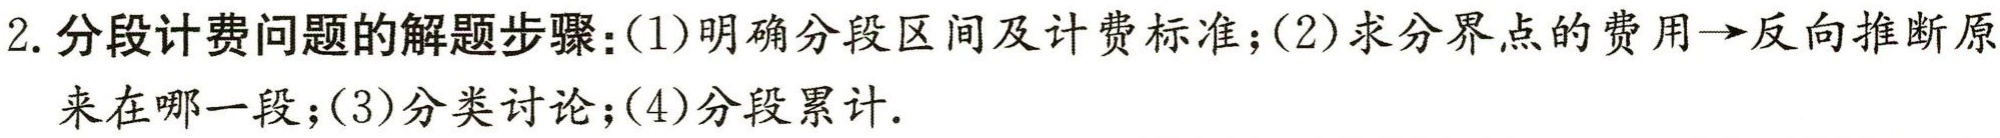
2. 分段计费问题的解题步骤：(1)明确分段区间及计费标准；(2)求分界点的费用→反向推断原来在哪一段；(3)分类讨论；(4)分段累计.